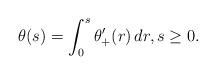
LaTeX: \begin{align*}\theta(s)=\int_{0}^{s}\theta_{+}^{\prime}(r)\,dr,s\ge0.\end{align*}